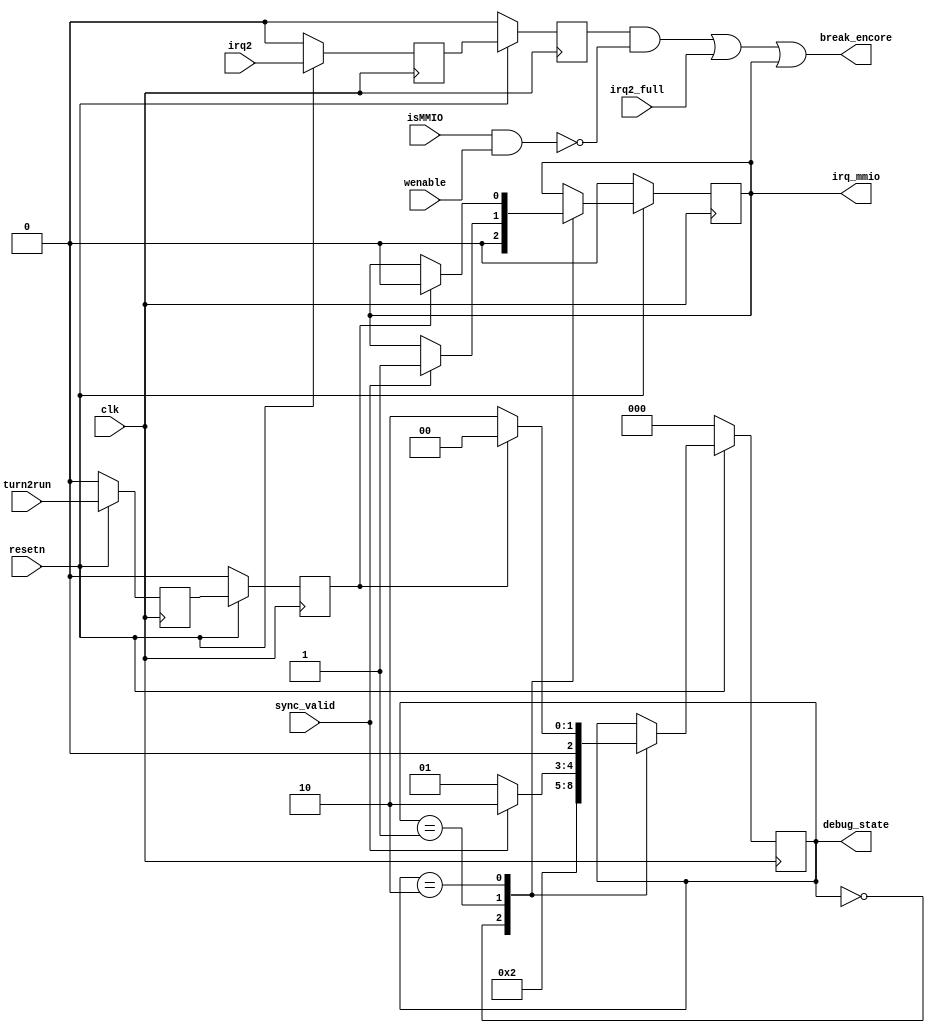
`timescale 1ns / 1ps
//////////////////////////////////////////////////////////////////////////////////
// Company: 
// Engineer: 
// 
// Design Name: 
// Module Name: gen_break
// Project Name: 
// Target Devices: 
// Tool Versions: 
// Description: 
// 
// Dependencies: 
// 
// Revision:
// Revision 0.01 - File Created
// Additional Comments:
// 
//////////////////////////////////////////////////////////////////////////////////


module gen_break(
    input       [0:0]       clk,
    input       [0:0]       resetn,
    input       [0:0]       irq2,
    input       [0:0]       irq2_full,
    input       [0:0]       wenable,
    input       [0:0]       isMMIO,
    input       [0:0]       turn2run,
    input       [0:0]       sync_valid,
    output      [0:0]       break_encore,
    output      [0:0]       irq_mmio,
    output      [2:0]       debug_state
);

    reg     [0:0]       break_mmio;
    reg     [2:0]       state;
    reg                 irq2_1d;
    reg                 irq2_2d;
    reg                 turn2run_1d;
    reg                 turn2run_2d;
    assign debug_state = state;
    assign irq_mmio = break_mmio;
    assign break_encore = (irq2_2d&&(~(isMMIO && wenable))) || irq2_full || break_mmio;
    //assign break_encore = (irq2 || irq2_full || break_mmio)&&(!instr_exed);
    always@(posedge clk)begin
        if(!resetn)begin
            irq2_1d <= 0;
            irq2_2d <= 0;
            turn2run_1d <= 0;
            turn2run_2d <= 0;
        end
        else begin
            irq2_1d <= irq2;
            irq2_2d <= irq2_1d;
            turn2run_1d <= turn2run;
            turn2run_2d <= turn2run_1d;
        end
    end
    always@(posedge clk)begin
        if(!resetn)begin
            break_mmio <= 0;
            state <= 0;
        end
        else begin
            case(state)
                0:begin
                    //Ready
                    break_mmio <= 0;
                    state <= 1;
                end
                1:begin
                    if(sync_valid)begin
                            state <= 2;
                            break_mmio <= 1;
                    end
                    else begin
                        state <= 1;
                        break_mmio <= break_mmio;
                    end
                end
                2:begin //mmio stall
                    if(turn2run_2d)begin
                        state <= 0;
                        break_mmio <= 0;
                    end
                    else begin
                        state <= 2;
                        break_mmio <= break_mmio;
                    end
                end
            endcase

        end
    end
endmodule